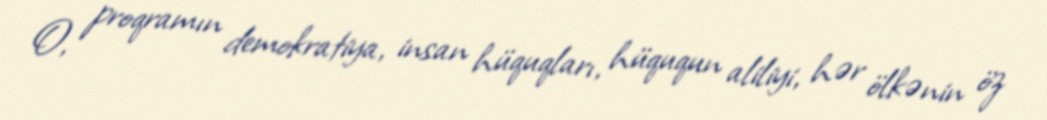
O, proqramın demokratiya, insan hüquqları, hüququn aliliyi, hər ölkənin öz